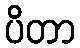
ပိတာ